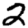
Digit: 2